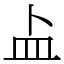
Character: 盀